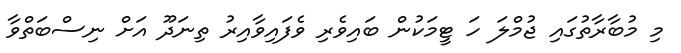
މި މުބާރާތުގައި ޖުމްލަ ހަ ޓީމަކުން ބައިވެރި ވެފައިވާއިރު ތިނަދޫ އަށް ނިސްބަތްވާ